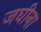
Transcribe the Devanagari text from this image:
जघीना